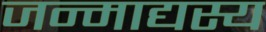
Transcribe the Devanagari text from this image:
जन्माद्यस्य